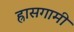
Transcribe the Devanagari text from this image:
ह्रासगामी